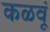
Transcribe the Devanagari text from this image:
कळवूं